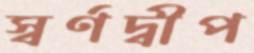
স্বর্ণদ্বীপ